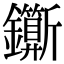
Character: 𨰉